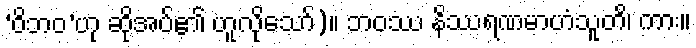
‘ဝိဘဝ’ဟု ဆိုအပ်၏ ဟူလိုသော်)။ ဘဝဿ နိဿရဏမာဟံသူတိ၊ ကား။